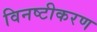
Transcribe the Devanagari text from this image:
विनष्टीकरण